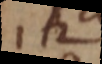
12